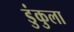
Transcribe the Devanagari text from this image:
डुंकुला